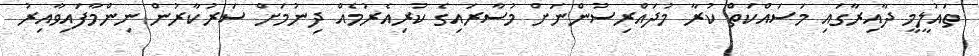
ތައުލީމީ ދާއިރާގައި މަސައްކަތް ކުރާ މުދައްރިސުންނަށް މުސާރައިގެ ކުރިއެރުމެއް ދިނުމަށް ސަރުކާރުން ނިންމާފައިވާއިރު